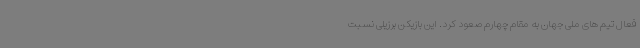
فعال تیم های ملی جهان به مقام چهارم صعود کرد. این بازیکن برزیلی نسبت